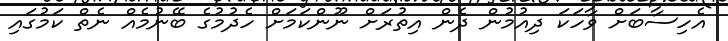
އެހިސާބަށް ވާހަކަ ދިއުމުން ދެން އިތުރަށް ނޫންކަމަށް ހެދުމުގެ ބޭނުމެއް ނެތް ކަމުގައި